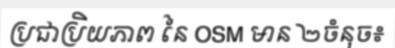
ប្រជាប្រិយភាព នៃ OSM មាន ២ចំនុច៖